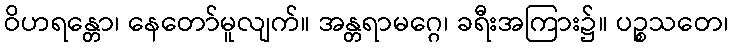
ဝိဟရန္တော၊ နေတော်မူလျက်။ အန္တရာမဂ္ဂေ၊ ခရီးအကြား၌။ ပဉ္စသတေ၊